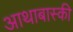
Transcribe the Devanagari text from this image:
आथाबास्की